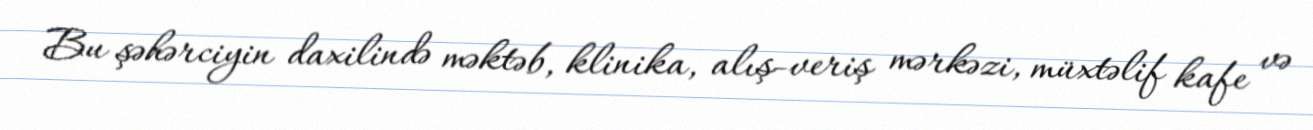
Bu şəhərciyin daxilində məktəb, klinika, alış-veriş mərkəzi, müxtəlif kafe və